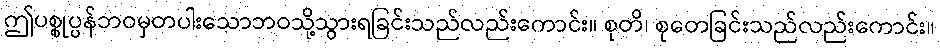
ဤပစ္စုပ္ပန်ဘဝမှတပါးသောဘဝသို့သွားရခြင်းသည်လည်းကောင်း။ စုတိ၊ စုတေခြင်းသည်လည်းကောင်း။